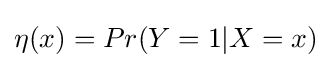
\eta (x)=Pr(Y=1|X=x)